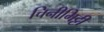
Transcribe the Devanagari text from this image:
चिनीमिट्टी